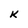
Character: K